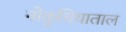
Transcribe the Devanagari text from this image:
नोकुचियाताल